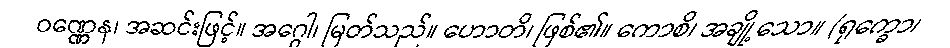
ဝဏ္ဏေန၊ အဆင်းဖြင့်။ အဂ္ဂေါ၊ မြတ်သည်။ ဟောတိ၊ ဖြစ်၏။ ကောစိ၊ အချို့သော။ (ရုက္ခော၊